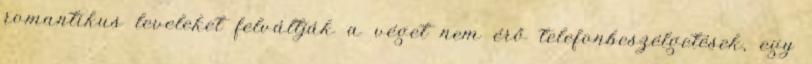
romantikus leveleket felváltják a véget nem érő telefonbeszélgetések, egy